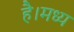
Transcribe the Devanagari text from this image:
है।मध्य